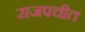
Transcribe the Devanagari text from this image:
राजपचीत